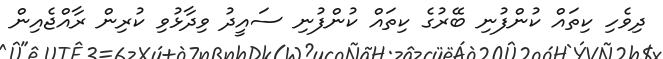
ދިވެހި ކިތައް ކުންފުނި ބޭރުގެ ކިތައް ކުންފުނި ސައީދު ވިދާޅުވި ކުރިން ރާއްޖެއިން